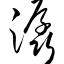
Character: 潺